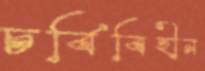
চর্বিবিহীন